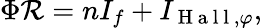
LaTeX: \Phi\mathcal{R}=nI_{f}+I_{\mathrm{~H~a~l~l~},\varphi},